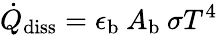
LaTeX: \dot{Q}_{\mathrm{diss}}=\epsilon_{\mathrm{b}}\: A_{\mathrm{b}}\: \sigma T^{4}